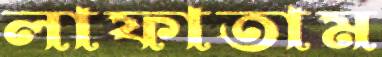
লাফাতাম